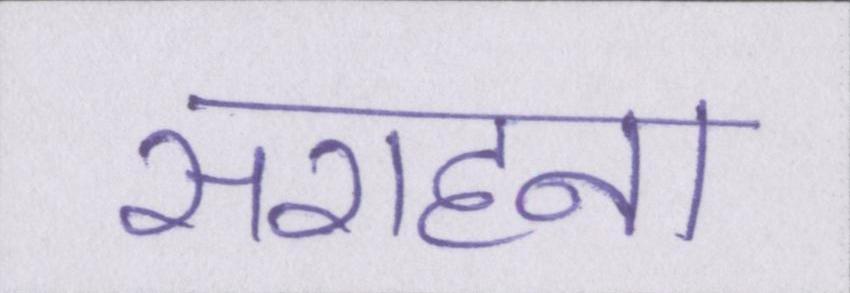
सराहना